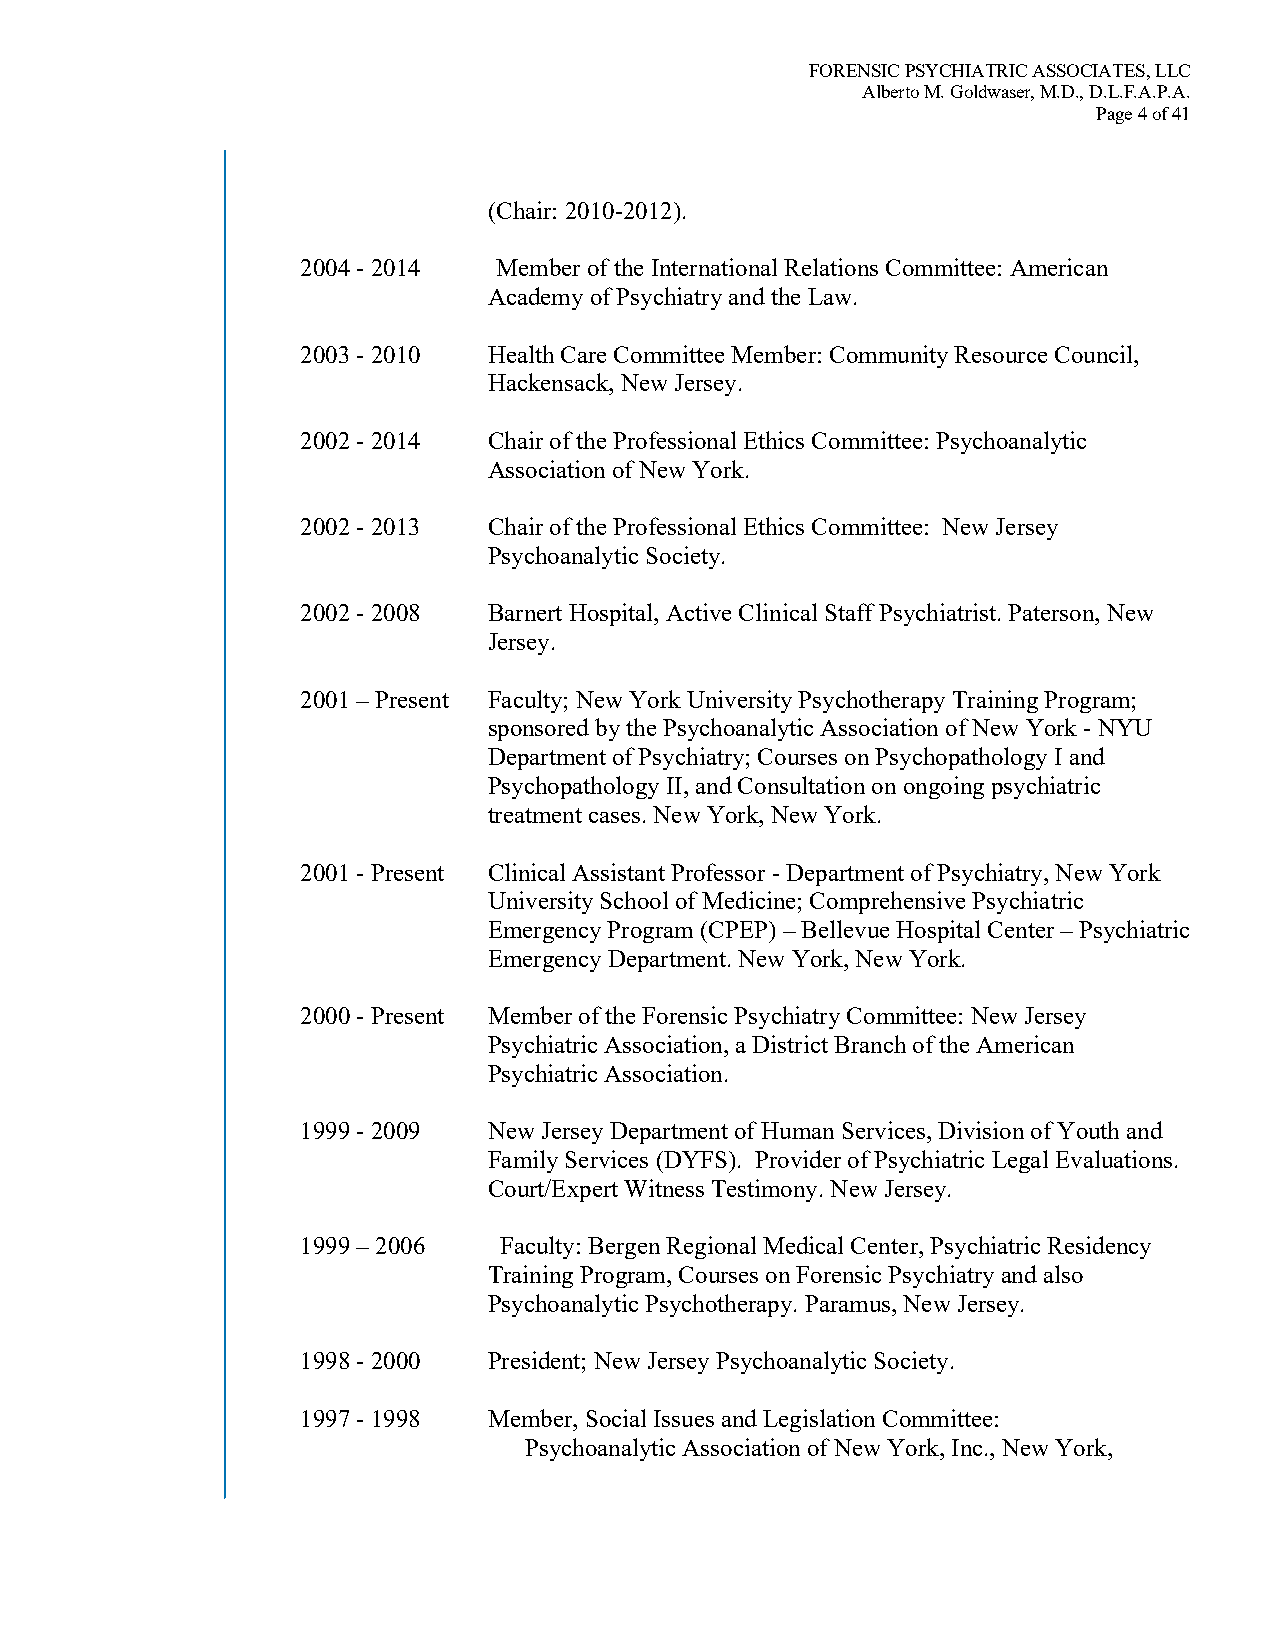
FORENSIC PSYCHIATRIC ASSOCIATES, LLC
 Alberto M. Goldwaser, M.D., D.L.F.A.P.A.
 Page 4 of 41
 (Chair: 2010-2012).
 2004 - 2014  Member of the International Relations Committee: American
 Academy of Psychiatry and the Law.
 2003 - 2010 Health Care Committee Member: Community Resource Council,
 Hackensack, New Jersey.
 2002 - 2014 Chair of the Professional Ethics Committee: Psychoanalytic
 Association of New York.
 2002 - 2013 Chair of the Professional Ethics Committee: New Jersey
 Psychoanalytic Society.
 2002 - 2008 Barnert Hospital, Active Clinical Staff Psychiatrist. Paterson, New
 Jersey.
 2001 – Present Faculty; New York University Psychotherapy Training Program;
 sponsored by the Psychoanalytic Association of New York - NYU
 Department of Psychiatry; Courses on Psychopathology I and
 Psychopathology II, and Consultation on ongoing psychiatric
 treatment cases. New York, New York.
 2001 - Present Clinical Assistant Professor - Department of Psychiatry, New York
 University School of Medicine; Comprehensive Psychiatric
 Emergency Program (CPEP) – Bellevue Hospital Center – Psychiatric
 Emergency Department. New York, New York.
 2000 - Present Member of the Forensic Psychiatry Committee: New Jersey
 Psychiatric Association, a District Branch of the American
 Psychiatric Association.
 1999 - 2009 New Jersey Department of Human Services, Division of Youth and
 Family Services (DYFS). Provider of Psychiatric Legal Evaluations.
 Court/Expert Witness Testimony. New Jersey.
 1999 – 2006  Faculty: Bergen Regional Medical Center, Psychiatric Residency
 Training Program, Courses on Forensic Psychiatry and also
 Psychoanalytic Psychotherapy. Paramus, New Jersey.
 1998 - 2000 President; New Jersey Psychoanalytic Society.
 1997 - 1998 Member, Social Issues and Legislation Committee:
 Psychoanalytic Association of New York, Inc., New York,